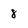
Character: 8